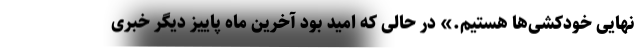
نهایی خودکشی‌ها هستیم.» در حالی که امید بود آخرین ماه پاییز دیگر خبری